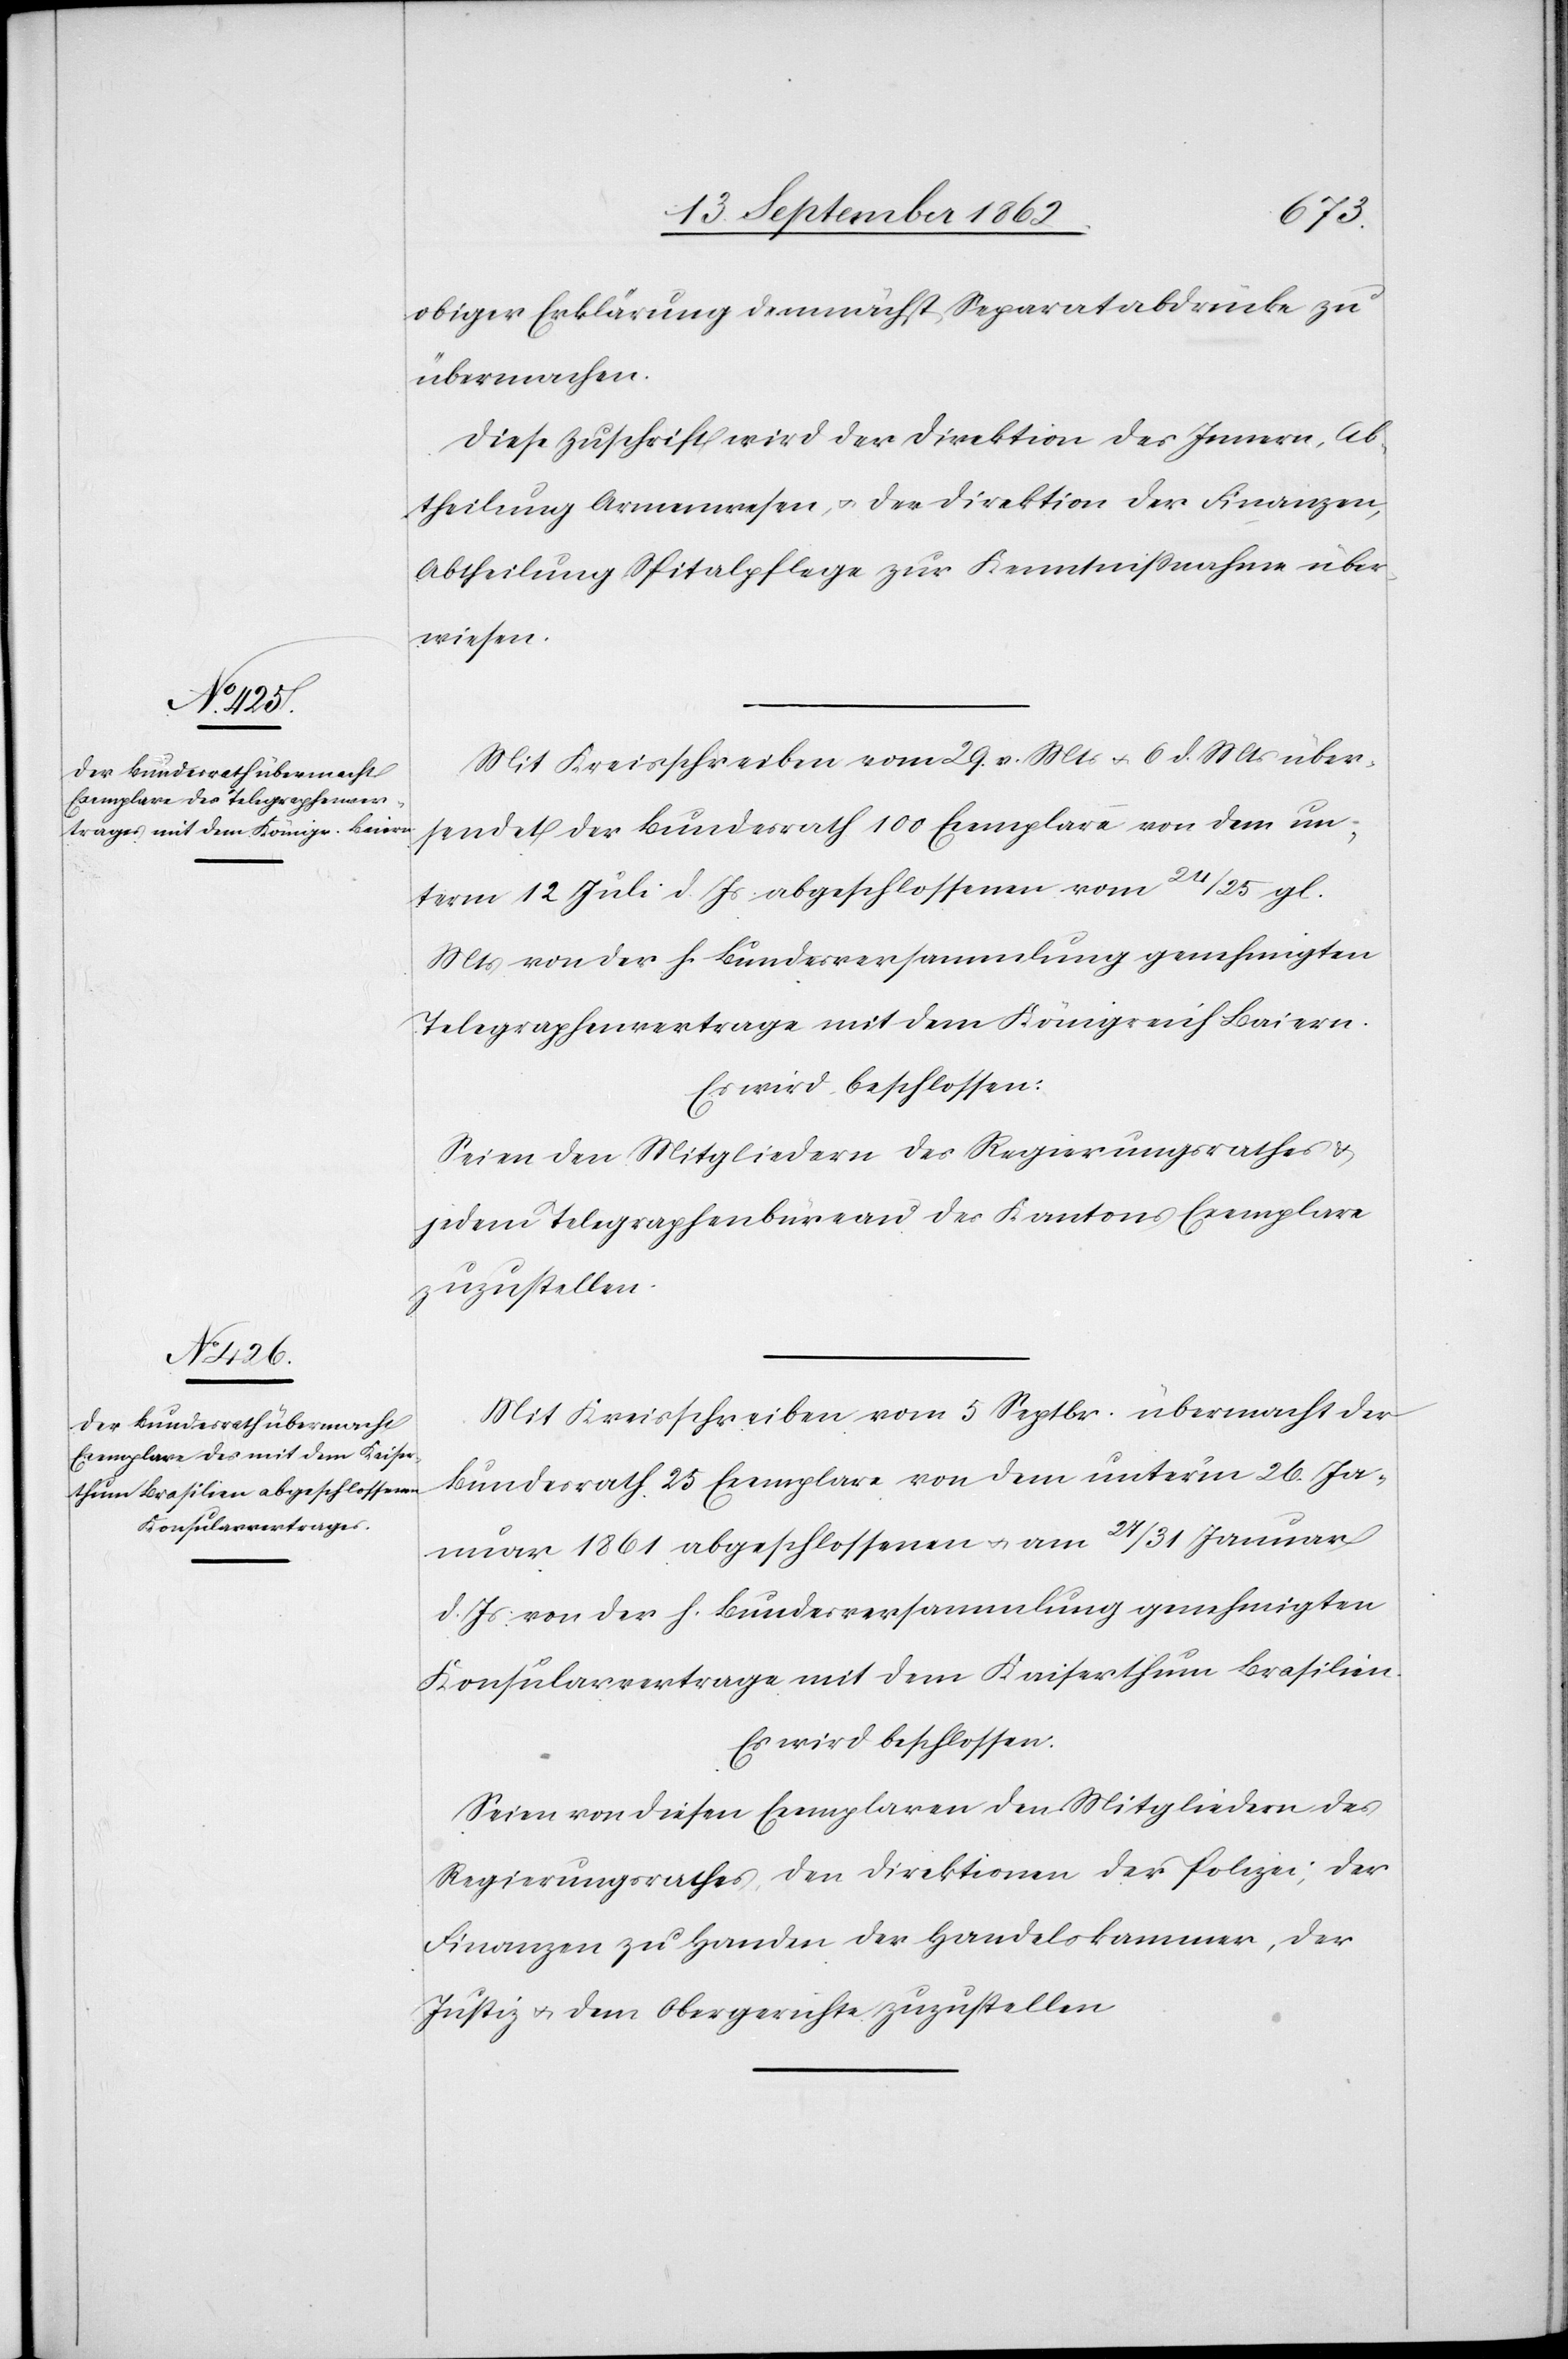
obiger Erklärung demnächst Separatabdrücke zu
übermachen.
Diese Zuschrift wird der Direktion des Innern, Ab¬
theilung Armenwesen, u. der Direktion der Finanzen,
Abtheilung Spitalpflege zur Kenntnißnahme über¬
wiesen.
Mit Kreisschreiben vom 29. v. Mts. u. 6. d. Mts. über¬
sendet der Bundesrath 100 Exemplare von dem un¬
term 12. Juli d. Js. abgeschlossenen vom 24/25. gl.
Mts. von der h. Bundesversammlung genehmigten
Telegraphenvertrage mit dem Königreich Baiern.
Es wird beschlossen:
Seien den Mitgliedern des Regierungsrathes u.
jedem Telegraphenbüreau des Kantons Exemplare
zuzustellen.
Mit Kreisschreiben vom 5. Sept. übermacht der
Bundesrath 25 Exemplare von dem unterm 26. Ja¬
nuar 1861 abgeschlossenen u. am 27/31. Januar
d. Js. von der h. Bundesversammlung genehmigten
Konsularvertrage mit dem Kaiserthum Brasilien.
Es wird beschlossen:
Seien von diesen Exemplaren den Mitgliedern des
Regierungsrathes, den Direktionen der Polizei, der
Finanzen zu Handen der Handelskammer, der
Justiz u. dem Obergerichte zuzustellen.